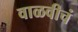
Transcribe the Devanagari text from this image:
वाळवीचं